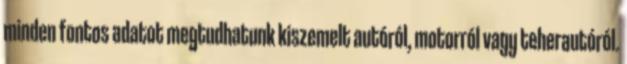
minden fontos adatot megtudhatunk kiszemelt autóról, motorról vagy teherautóról.